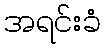
အရင်းခံ